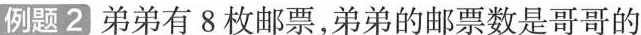
例题2弟弟有8枚邮票，弟弟的邮票数是哥哥的